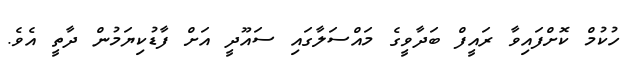
ހުކުމް ކޮށްފައިވާ ރައީފް ބަދާވީގެ މައްސަލާގައި ސައޫދީ އަށް ފާޑުކިޔަމުން ދާތީ އެވެ.